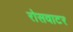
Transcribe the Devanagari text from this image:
रोसवाटर